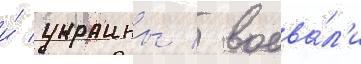
и́ украины / воева́л'и